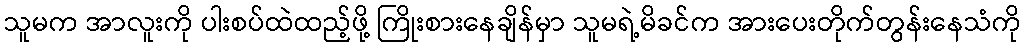
သူမက အာလူးကို ပါးစပ်ထဲထည့်ဖို့ ကြိုးစားနေချိန်မှာ သူမရဲ့မိခင်က အားပေးတိုက်တွန်းနေသံကို